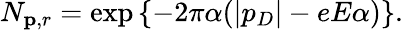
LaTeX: N_{{\mathbf p},r}=\exp\left\{ -2\pi\alpha(|p_{D}|-eE\alpha)\right\} .